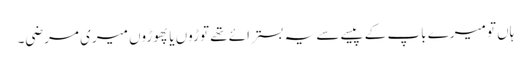
ہاں تو میرے باپ کے پیسے سے یہ بستر ائے تھے توڑوں یا پھوڑوں میری مرضی۔